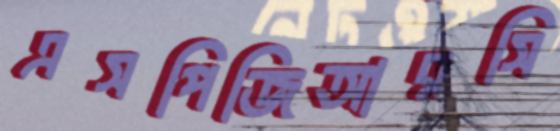
এসপিজিআরসি